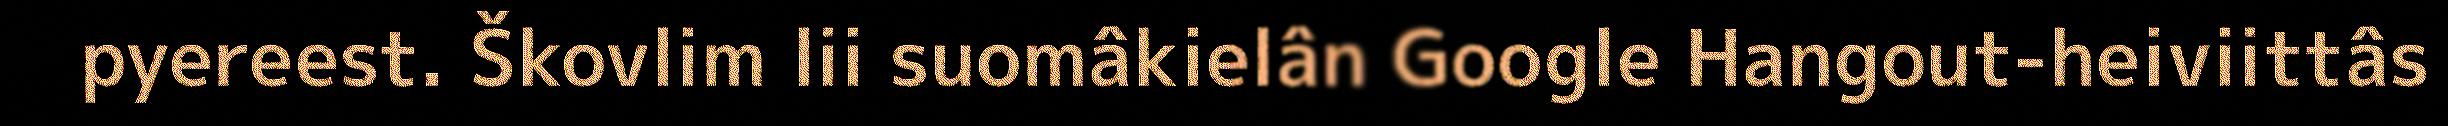
pyereest. Škovlim lii suomâkielân Google Hangout-heiviittâs